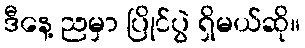
ဒီနေ့ ညမှာ ပြိုင်ပွဲ ရှိမယ်ဆို။